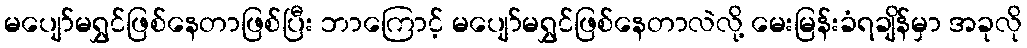
မပျော်မရွှင်ဖြစ်နေတာဖြစ်ပြီး ဘာကြောင့် မပျော်မရွှင်ဖြစ်နေတာလဲလို့ မေးမြန်းခံရချိန်မှာ အခုလို